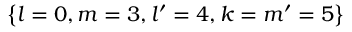
\left\{ l = 0 , m = 3 , l ^ { \prime } = 4 , k = m ^ { \prime } = 5 \right\}